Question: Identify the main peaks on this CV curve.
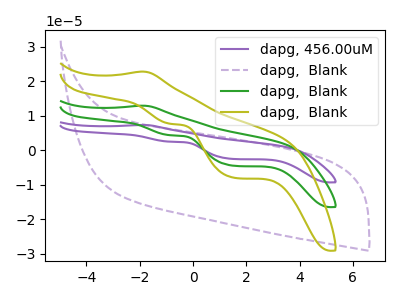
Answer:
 <answer>The purple curve "dapg, 456.00uM" has an anodic peak at (-1.95V, 25.85uA) and cathodic peaks at (-0.85V, 8.70uA) (1.55V, -9.05uA). The purple dashed curve "dapg,  Blank" has no peaks. The green curve "dapg,  Blank" has an anodic peak at (-1.95V, 12.90uA) and cathodic peaks at (-0.85V, 4.35uA) (1.55V, -4.55uA). The olive curve "dapg,  Blank" has an anodic peak at (-1.95V, 22.80uA) and cathodic peaks at (-0.85V, 7.70uA) (1.55V, -8.00uA).</answer>
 <eval></eval>